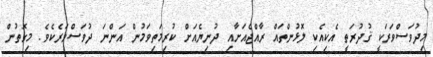
މިދުވަސްވަރަކީ ޤުދުރަތީ އެކިއެކި ލޮޅުންތައް ރާއްޖެއަށާއި ދުނިޔެއަށް ކުރިމަތިވަމުން އަންނަ ދުވަސްވަރެކެވެ. މިގޮތުން